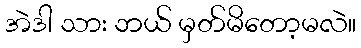
အဲဒါ သား ဘယ် မှတ်မိတော့မလဲ။